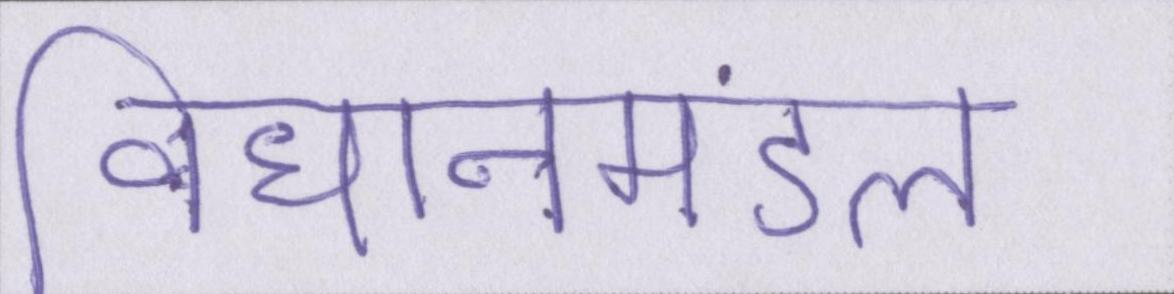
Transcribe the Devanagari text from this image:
विधानमंडल